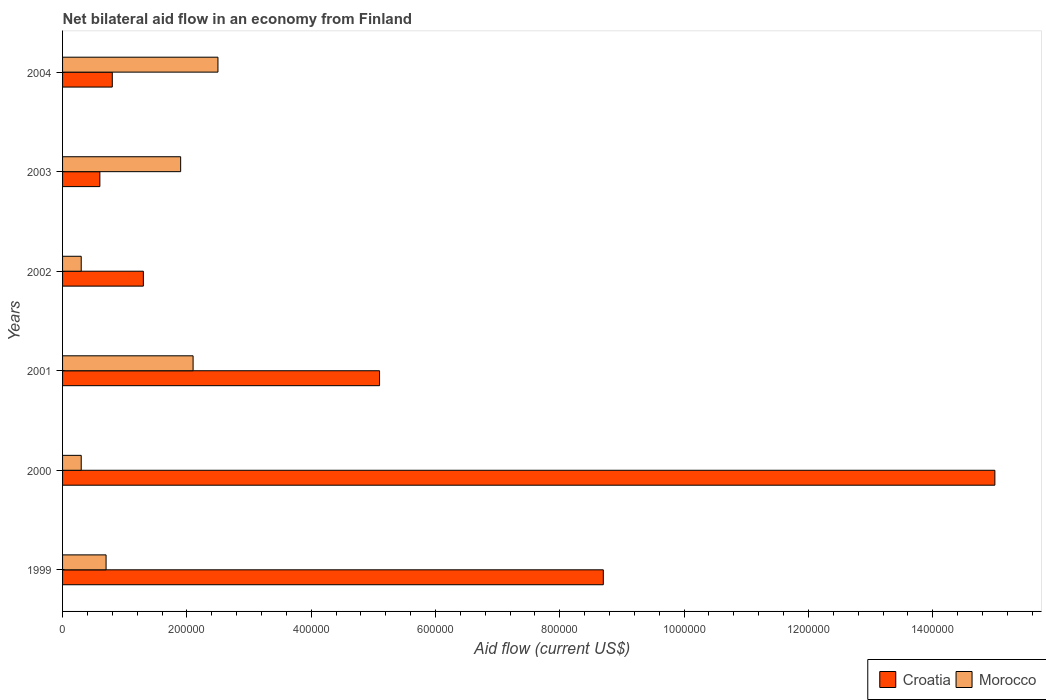
| Years | Croatia | Morocco |
 | --- | --- | --- |
 | 1999 | 8.7e+05 | 7e+04 |
 | 2000 | 1.5e+06 | 3e+04 |
 | 2001 | 5.1e+05 | 2.1e+05 |
 | 2002 | 1.3e+05 | 3e+04 |
 | 2003 | 6e+04 | 1.9e+05 |
 | 2004 | 8e+04 | 2.5e+05 |